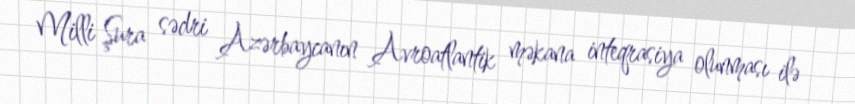
Milli Şura sədri Azərbaycanın Avroatlantik məkana inteqrasiya olunması ilə